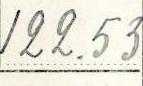
122.53